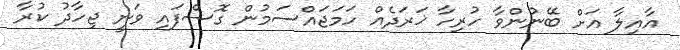
އާއިލާ އަށް ބޭނުންވާ ހުރިހާ ޚަރަދެއް ހަމަޖައްސަމުން ގޮސްފައި ވަނީ ޖިހާދު ކުރާ